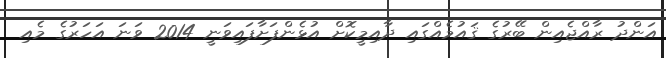
އަންދު ރާއްޖެއިން ބޭރުގެ ޤައުމެއްގައި ދާއިމީކޮށް އުޅެންފަށާފައިވަނީ 2014 ވަނަ އަހަރުގެ މެއި